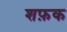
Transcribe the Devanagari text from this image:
शफ़क